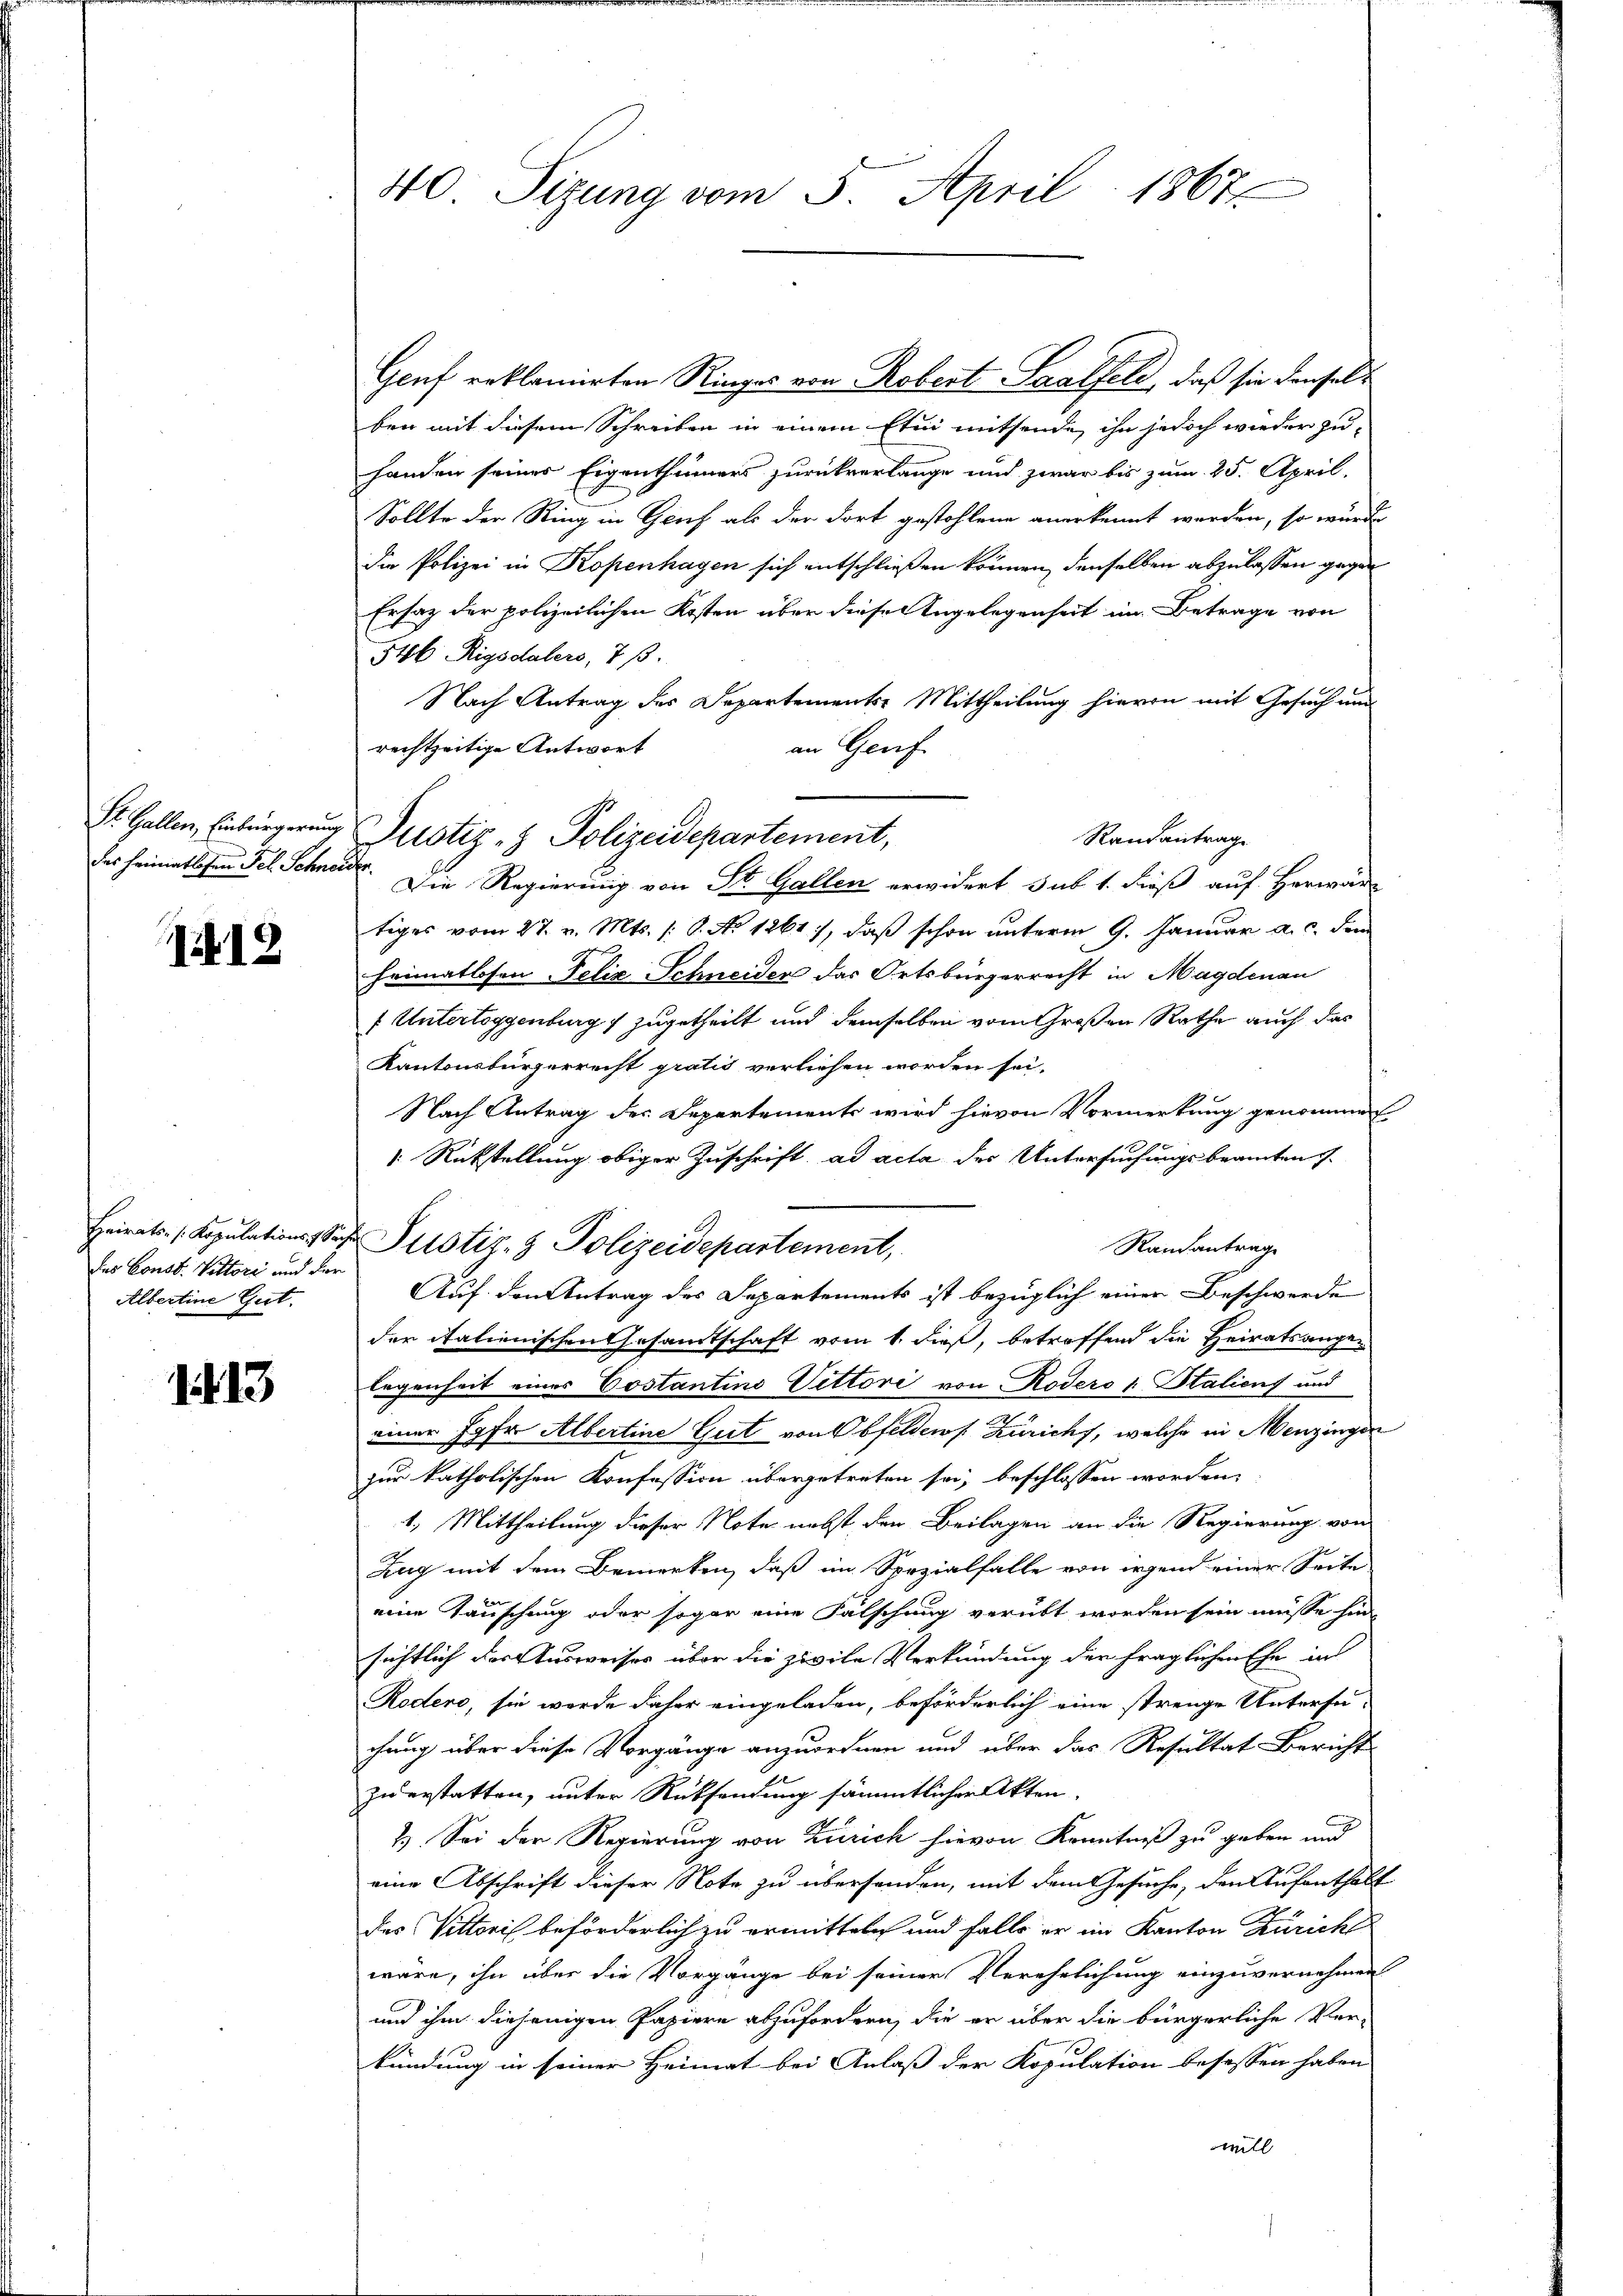
1412

Heirats- / Kopulations Sache
des Const. Vittori und der
Albertine Gut.

1413

40. Sizung vom 5. April 1867

St. Gallen, Einbringerung Justiz- & Polizeidepartement,

Geuf reklamirten Ringes von Robert Saalfeld, daß sie denselb
ben mit diesem Schreiben in einem Etui mitsende ihn jedoch wieder zu-
handen seines Eigenthümers zurückverlange und zwar bis zum 25. April.
Sollte der Ring in Genf als der dort gestohlene anerkennt werden, so wurde
die Polizei in Kopenhagen sich entschließen können, denselben abzulassen gegen
Ersatz der polizeilichen Kosten über diese Angelegenheit im Betrage von
546 Rigodalers, 7.
Nach Antrag des Departements-Mittheilung hievon mit Gesuch und
rechtzeitige Antwort
an Genf
Randantrage
des Heimatlichen Fel. Schneide. Die Regierung von St. Gallen erwidert sub 1. dieß auf Herwär-
tiges vom 27. v. Mts. 1. 6. No 1261), daß schon unterm 9. Januar a. c. den
heimatlosen Felix Schneider das Ortsbürgerrecht in Magdenau
f Untertoggenburg 7 zugetheilt und demselben vom Großen Rathe auch das
Kantonsbürgerrecht gratis verliehen worden sei.
Nach Antrag des Departements wird hievon Vormerkung genommen
 Rückstellung obiger Zuschrift, ad acta der Untersuchungsbeamten
Pustiz- & Polizeidepartement,
Randantrage
Auf den Antrag des Departements ist bezüglich einer Beschwerde
der italienischen Gesamtschaft vom 1. dieß, betroffend die Heiratsangen
legenheit eines Costantino Vittori von Rodero v. Stalien und
einer Jgfr. Albertine Gut von Obfelder s. Zürichs, welche in Menzingen
zur katholischen Konfession übergetreten sei, beschlossen worden,
1.) Mittheilung dieser Note nebst den Beilagen an die Regierung von
Zug mit dem Bemerken, daß im Spezialfalle von irgend einer Seite
eine Tauschung oder sogar eine Falschung verübt worden sein müsse hin
sichtlich der Ausweises über die zivile Verkündung der fraglichen Ehe in
Rodeno, sie werde daher eingeladen, beförderlich eine strenge Untersu-
chung über diese Vorgänge anzuordnen und über das Resultat-Bericht
zuerstatten, unter Rücksendung sämmtlicher Akten,
2.) Sei der Regierung von Zürich hievon Kenntniß zu geben und
eine Abschrift dieser Note zu übersenden, mit dem Gesuche, den Aufenthalt
des Vittoris beförderlich zu ermitteln und falls er im Kanton Zürich
wäre, ihn über die Vorgänge bei seiner Verehelichung einzuvernehmen
und ihm diejenigen Papiere abzufordern, die er über die bürgerliche Ver-
kündung in seiner Heimat bei Anlaß der Kopulation besassen haben
will